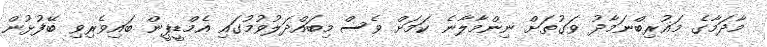
މާދަމާގެ މަޣުރިބްނަމާދު ވަގުތަށް ނިންމާލާނެ ކަމަށް ވެސް މިބައްދަލުވުމުގައި އެމްޑީޕީން ބައިވެރިވި ބޭފުޅުން